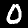
Label: 0